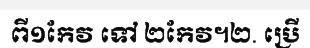
ពី១កែវ ទៅ ២កែវ។២. ប្រើ